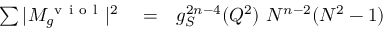
\begin{array} { r l r } { \sum \vert M _ { g } ^ { \mathrm { ~ v ~ i ~ o ~ l ~ } } \vert ^ { 2 } } & { { } = } & { g _ { S } ^ { 2 n - 4 } ( Q ^ { 2 } ) ~ N ^ { n - 2 } ( N ^ { 2 } - 1 ) } \end{array}